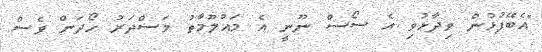
"އެބޭފުޅުން ވިދާޅުވި އެ ސޯސް ނޫނީ އެ މައުލޫމާތު މަސްދަރު ހޯދަން ވެސް